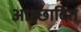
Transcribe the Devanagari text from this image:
आक्ष्छादित